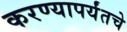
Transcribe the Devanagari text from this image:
करण्यापर्यंतचे